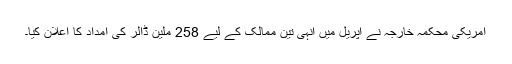
امریکی محکمہ خارجہ نے اپریل میں انہی تین ممالک کے لیے 258 ملین ڈالر کی امداد کا اعلان کیا۔